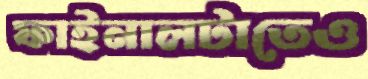
ফাইনালটাতেও